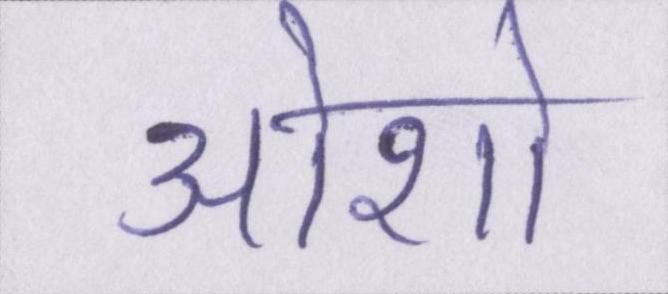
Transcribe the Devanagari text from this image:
ओशो